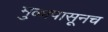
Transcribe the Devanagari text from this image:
मुळापासूनच